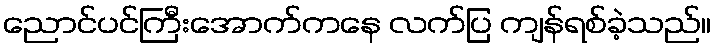
ညောင်ပင်ကြီးအောက်ကနေ လက်ပြ ကျန်ရစ်ခဲ့သည်။